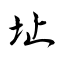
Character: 址